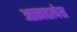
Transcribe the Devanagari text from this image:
आत्महत्येस